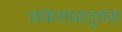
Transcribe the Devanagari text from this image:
छकेसधातुवंस